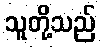
သူတို့သည်